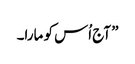
” آج اُس کو مارا۔